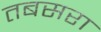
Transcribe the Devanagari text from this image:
तबसरा